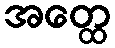
အတ္ထေ